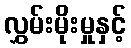
လွှမ်းမိုးမှုနှင့်